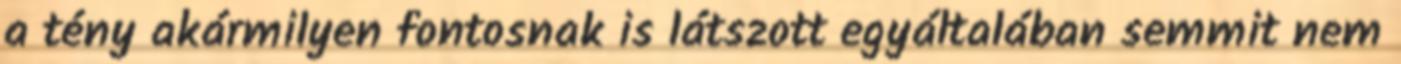
a tény akármilyen fontosnak is látszott egyáltalában semmit nem